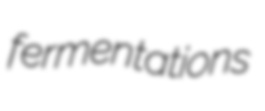
fermentations